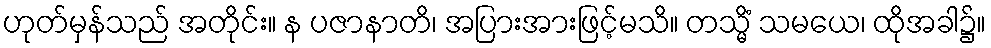
ဟုတ်မှန်သည် အတိုင်း။ န ပဇာနာတိ၊ အပြားအားဖြင့်မသိ။ တသ္မိံ သမယေ၊ ထိုအခါ၌။